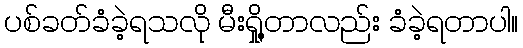
ပစ်ခတ်ခံခဲ့ရသလို မီးရှို့တာလည်း ခံခဲ့ရတာပါ။